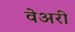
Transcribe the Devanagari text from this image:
वेअरी